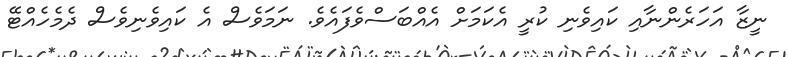
ނީޒާ އަހަރެންނާއި ކައިވެނި ކުރީ އެކަމަށް އެއްބަސްވެފައެވެ. ނަމަވެސް އެ ކައިވެނިވެސް ދެމެހެއްޓޭ